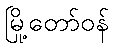
မြို့တော်ဝန်